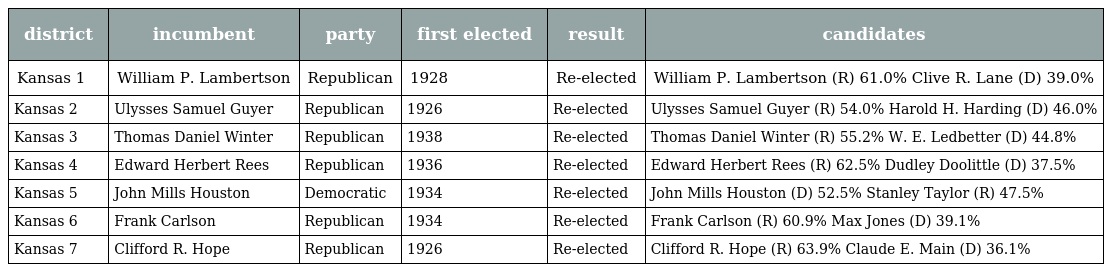
| district | incumbent | party | first elected | result | candidates |
 | --- | --- | --- | --- | --- | --- |
 | Kansas 1 | William P. Lambertson | Republican | 1928 | Re-elected | William P. Lambertson (R) 61.0% Clive R. Lane (D) 39.0% |
 | Kansas 2 | Ulysses Samuel Guyer | Republican | 1926 | Re-elected | Ulysses Samuel Guyer (R) 54.0% Harold H. Harding (D) 46.0% |
 | Kansas 3 | Thomas Daniel Winter | Republican | 1938 | Re-elected | Thomas Daniel Winter (R) 55.2% W. E. Ledbetter (D) 44.8% |
 | Kansas 4 | Edward Herbert Rees | Republican | 1936 | Re-elected | Edward Herbert Rees (R) 62.5% Dudley Doolittle (D) 37.5% |
 | Kansas 5 | John Mills Houston | Democratic | 1934 | Re-elected | John Mills Houston (D) 52.5% Stanley Taylor (R) 47.5% |
 | Kansas 6 | Frank Carlson | Republican | 1934 | Re-elected | Frank Carlson (R) 60.9% Max Jones (D) 39.1% |
 | Kansas 7 | Clifford R. Hope | Republican | 1926 | Re-elected | Clifford R. Hope (R) 63.9% Claude E. Main (D) 36.1% |